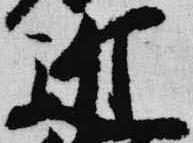
近